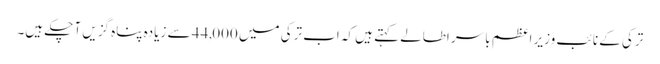
ترکی کے نائب وزیرِ اعظم باسر اطالے کہتے ہیں کہ اب ترکی میں 44,000 سے زیادہ پناہ گزیں آ چکے ہیں۔